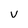
Character: V